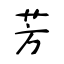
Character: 芳